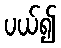
ပယ်၍